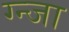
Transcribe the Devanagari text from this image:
ग्न्जा